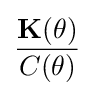
{\frac {\mathbf {K} (\theta )}{C(\theta )}}